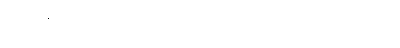
[၀၁] (နိ၊ ၂၄၀) ဟူသော။ အာရမ္မဏံ၊ အာရုံဥည်။ အတ္ထိ၊ ရှိ၏။ ဣတိ၊